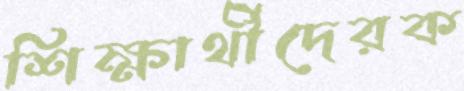
শিক্ষার্থীদেরক